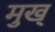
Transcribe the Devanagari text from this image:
मुख्